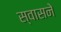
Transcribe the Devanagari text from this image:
स्वासने